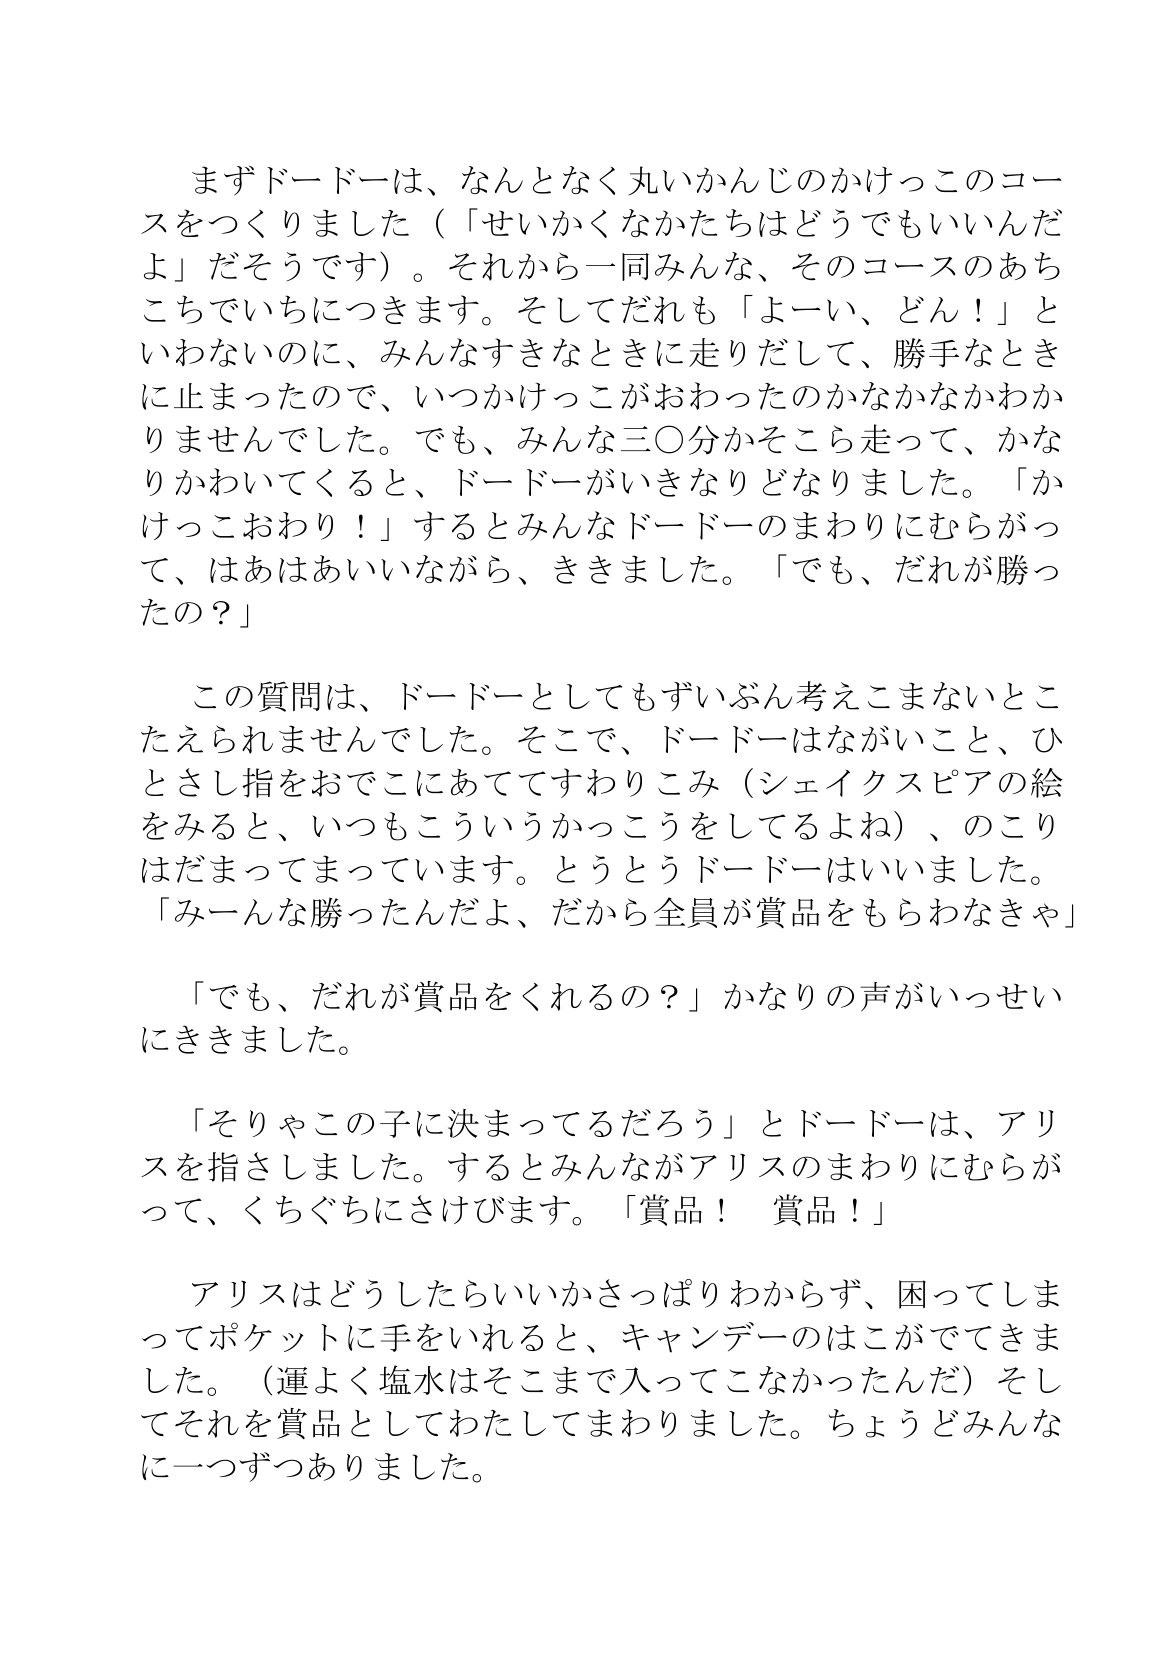
Language: ja